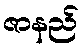
ဇာနည်